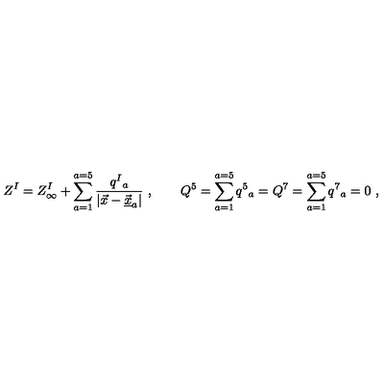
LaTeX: Z ^ { I } = Z _ { \infty } ^ { I } + \sum _ { a = 1 } ^ { a = 5 } { \frac { q ^ { I } { } _ { a } } { | \vec { x } - \vec { \underline { { x } } } _ { a } | } } \ , \qquad Q ^ { 5 } = \sum _ { a = 1 } ^ { a = 5 } q ^ { 5 } { } _ { a } = Q ^ { 7 } = \sum _ { a = 1 } ^ { a = 5 } q ^ { 7 } { } _ { a } = 0 \ ,